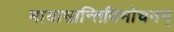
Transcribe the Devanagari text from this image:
मायाभ्रान्तिविमोचनम्